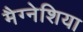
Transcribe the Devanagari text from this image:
मैग्नेशिया